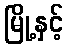
မြို့နှင့်